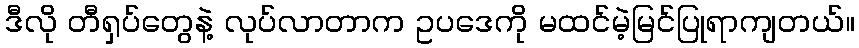
ဒီလို တီရှပ်တွေနဲ့ လုပ်လာတာက ဥပဒေကို မထင်မဲ့မြင်ပြုရာကျတယ်။